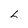
Character: L